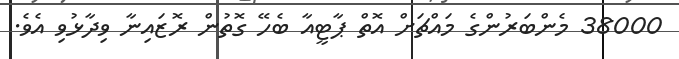
38000 މެންބަރުންގެ މައްޗަށް އޮތް ޕާޓީއާ ބެހޭ ގޮތުން ރޮޒައިނާ ވިދާޅުވި އެވެ.